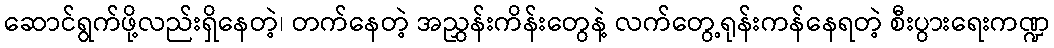
ဆောင်ရွက်ဖို့လည်းရှိနေတဲ့၊ တက်နေတဲ့ အညွှန်းကိန်းတွေနဲ့ လက်တွေ့ရုန်းကန်နေရတဲ့ စီးပွားရေးကဏ္ဍ